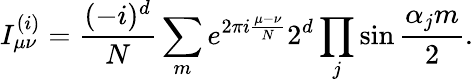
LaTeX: I_{\mu\nu}^{(i)}={\frac{(-i)^{d}}{N}}\sum_{m}{e^{2\pi i{\frac{\mu-\nu}{N}}}2^{d}\prod_{j}\sin{\frac{\alpha_{j}m}{2}}}.